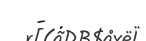
- .